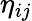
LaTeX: \eta_{ij}